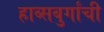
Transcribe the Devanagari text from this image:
हाब्सबुर्गांची